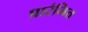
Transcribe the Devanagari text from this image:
प्रारंभित